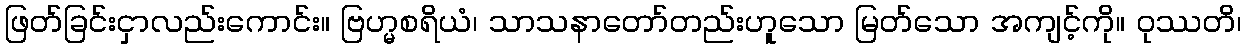
ဖြတ်ခြင်းငှာလည်းကောင်း။ ဗြဟ္မစရိယံ၊ သာသနာတော်တည်းဟူသော မြတ်သော အကျင့်ကို။ ဝုဿတိ၊